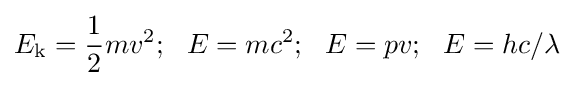
E_{\text{k}}={\frac {1}{2}}mv^{2};~~E=mc^{2};~~E=pv;~~E=hc/\lambda